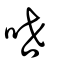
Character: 呭